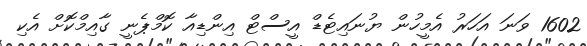
1602 ވަނަ އަހަރު އެމީހުން ޔުނައިޓެޑް އީސްޓް އިންޑިއާ ކޮމްޕެނީ ގާއިމްކޮށް އެކި